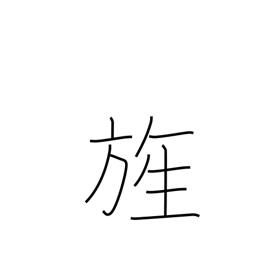
Meaning: flag